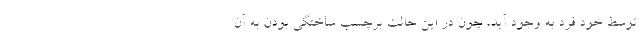
توسط خودِ فرد به وجود آید، چون در این حالت برچسب ساختگی بودن به آن